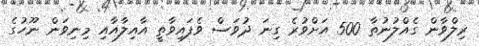
ރިލްވާން ގެއްލުނުތާ 500 އަށްވުރެ ގިނަ ދުވަސް ވެފައިވާތީ އާއިލާއާއި މިނިވަން ނޫހުގެ